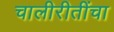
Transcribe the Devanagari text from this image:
चालीरीतींचा